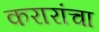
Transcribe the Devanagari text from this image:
करारांचा